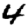
Digit: 4